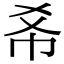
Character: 𢁫